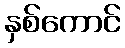
နှစ်ကောင်